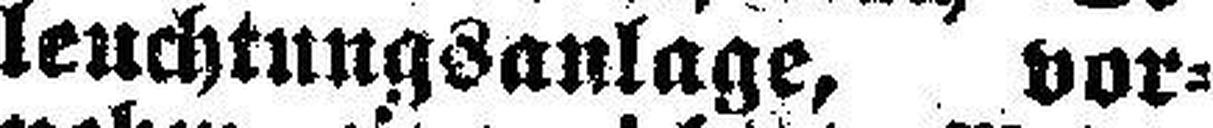
leuchtungsanlage, vor¬